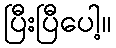
ပြီးပြီပေါ့။